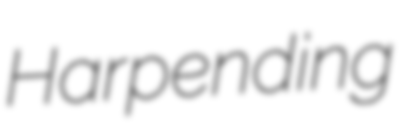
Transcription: Harpending